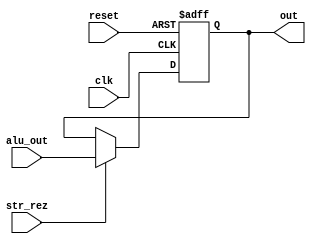
module accumulator(
    input [15:0] alu_out,
    input reset, clk, str_rez,
    output reg [15:0] out
);

    always @(posedge clk, posedge reset) begin
        #4;
        if(reset)           out <= 16'h0000;
	    else if(str_rez)    out <= alu_out;
    end

endmodule